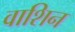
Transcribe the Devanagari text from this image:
वाशिन